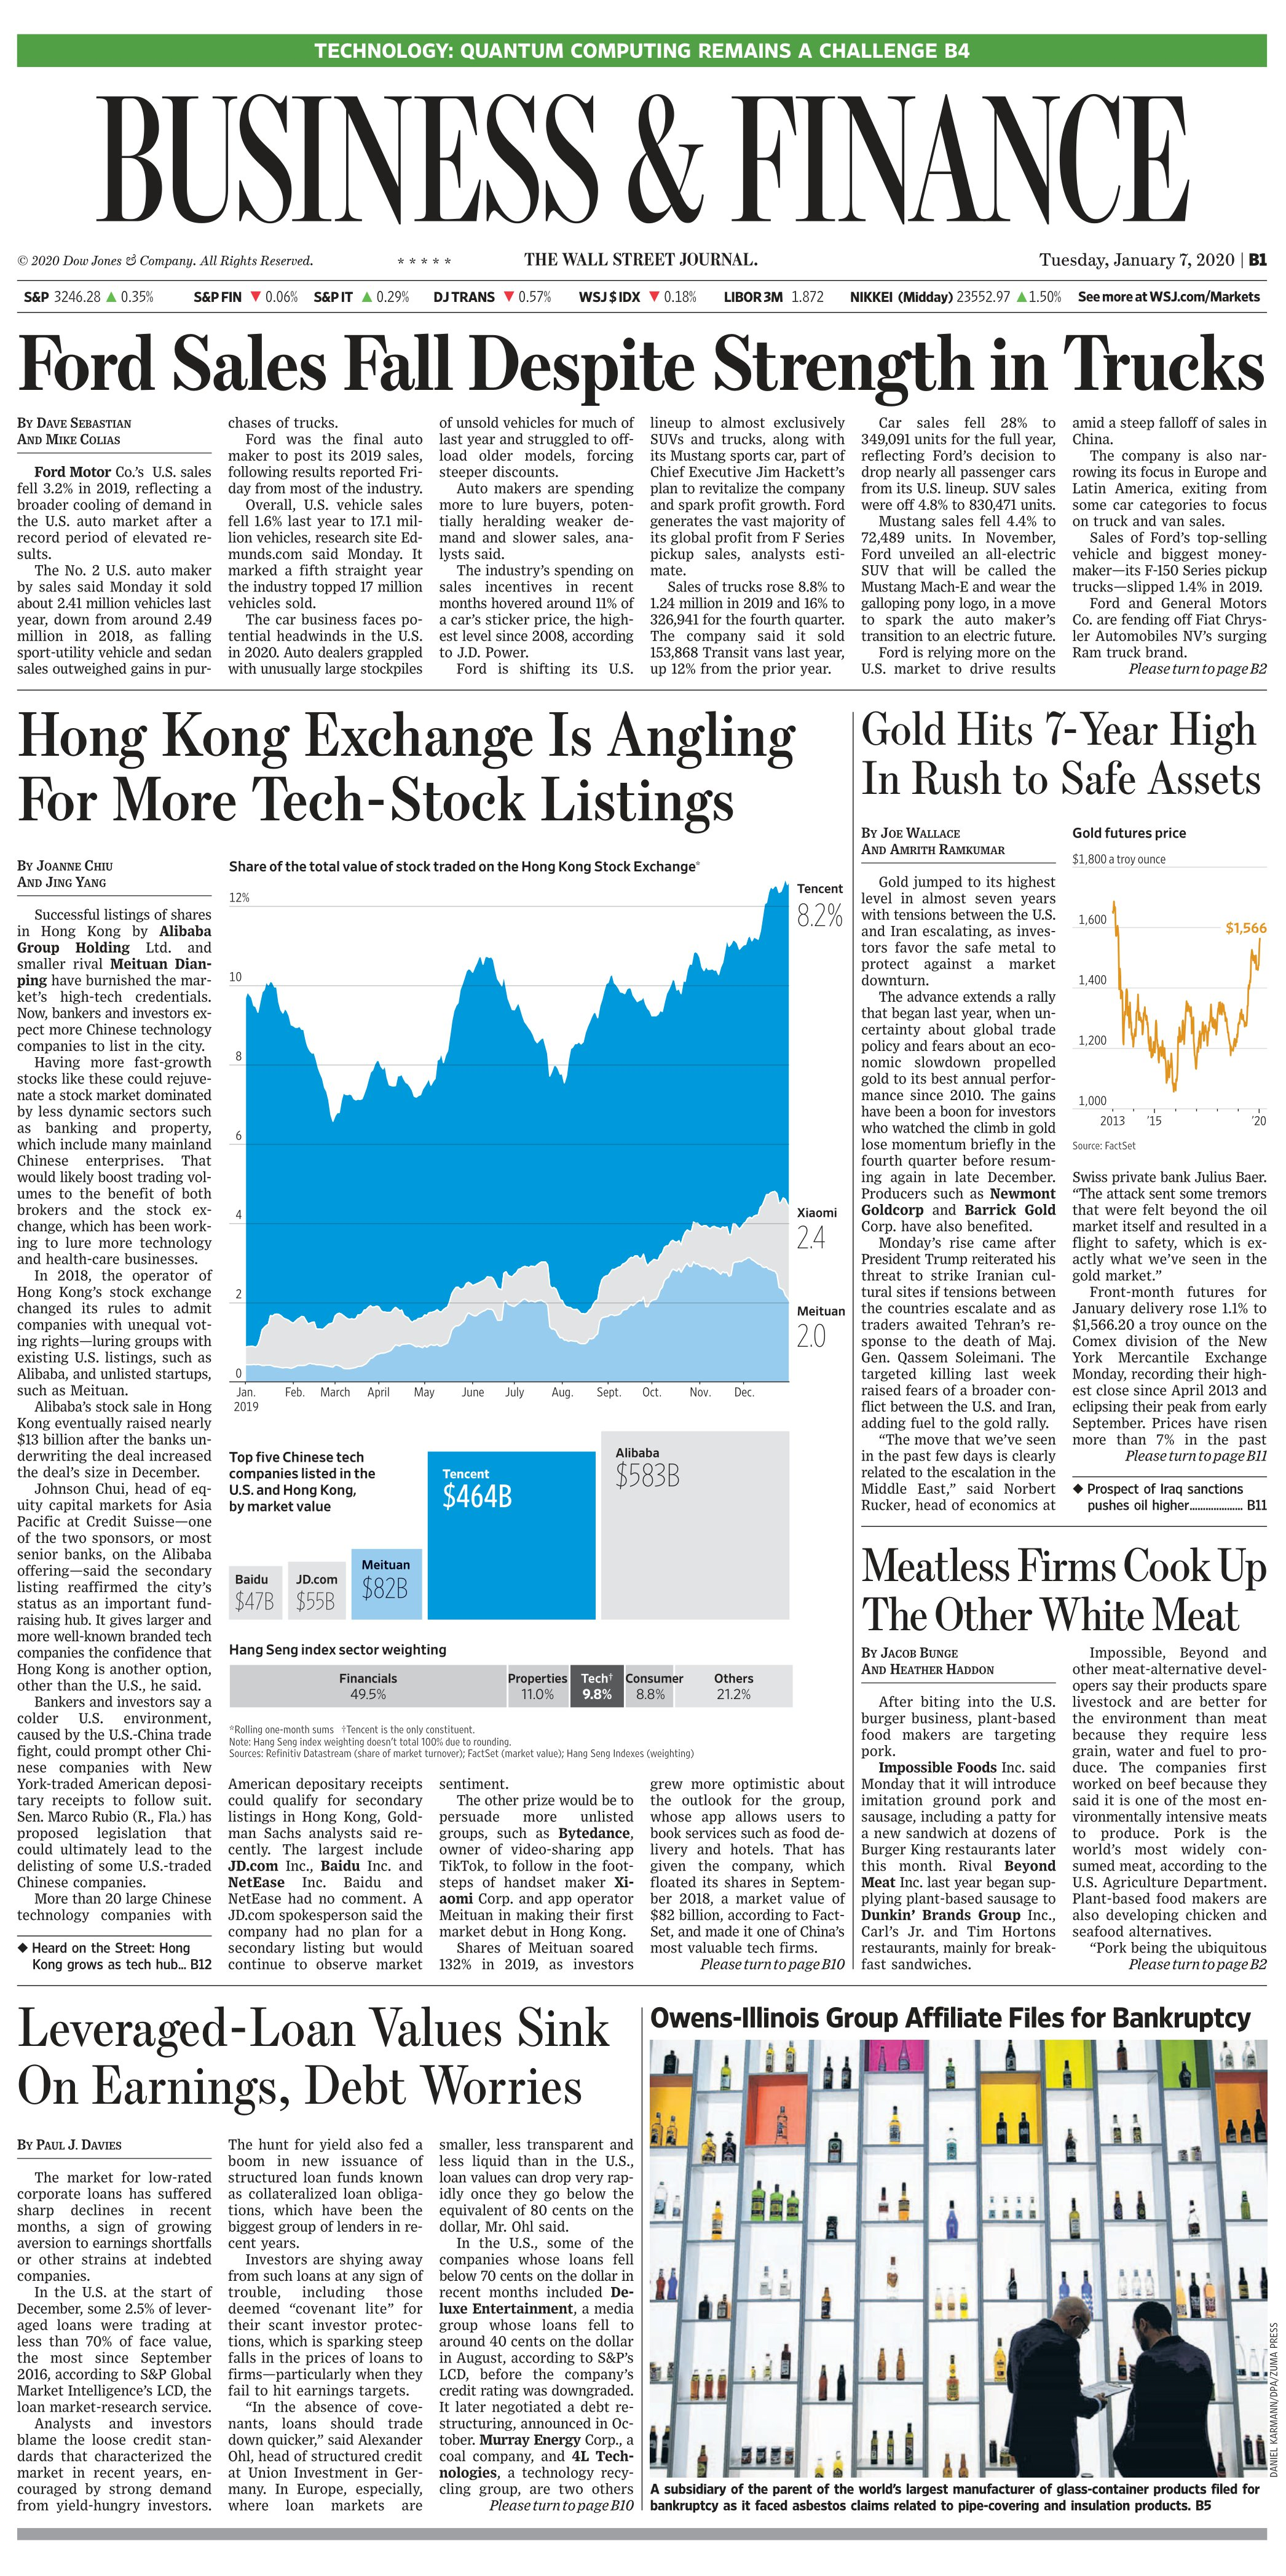
Language: en